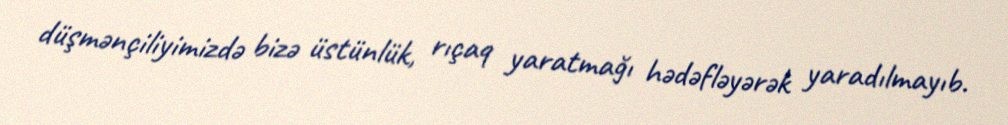
düşmənçiliyimizdə bizə üstünlük, rıçaq yaratmağı hədəfləyərək yaradılmayıb.